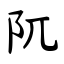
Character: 阢